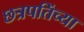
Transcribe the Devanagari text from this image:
छत्रपतिंच्या